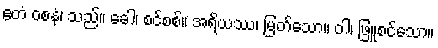
ဧတံ ဝစနံ၊ သည်။ ခေါ၊ စင်စစ်။ အရိယဿ၊ မြတ်သော။ ဝါ၊ ဖြူစင်သော။